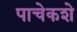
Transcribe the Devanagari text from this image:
पाचेकशे